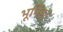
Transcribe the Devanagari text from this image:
भूमिहर